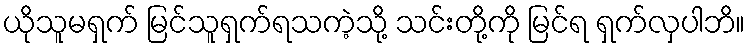
ယိုသူမရှက် မြင်သူရှက်ရသကဲ့သို့ သင်းတို့ကို မြင်ရ ရှက်လှပါဘိ။